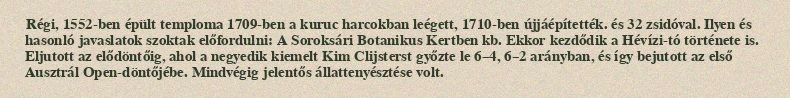
Régi, 1552-ben épült temploma 1709-ben a kuruc harcokban leégett, 1710-ben újjáépítették. és 32 zsidóval. Ilyen és hasonló javaslatok szoktak előfordulni: A Soroksári Botanikus Kertben kb. Ekkor kezdődik a Hévízi-tó története is. Eljutott az elődöntőig, ahol a negyedik kiemelt Kim Clijsterst győzte le 6–4, 6–2 arányban, és így bejutott az első Ausztrál Open-döntőjébe. Mindvégig jelentős állattenyésztése volt.